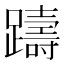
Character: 躊